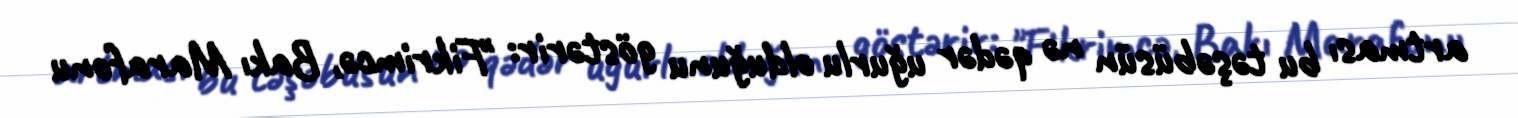
artması bu təşəbüsün nə qədər uğurlu olduğunu göstərir: "Fikrimcə, Bakı Marafonu